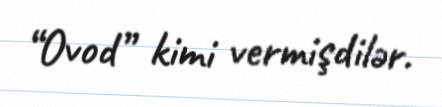
“Ovod” kimi vermişdilər.